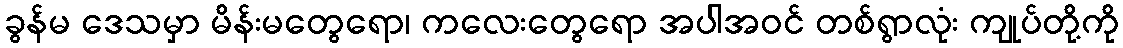
ခွန်မ ဒေသမှာ မိန်းမတွေရော၊ ကလေးတွေရော အပါအဝင် တစ်ရွာလုံး ကျုပ်တို့ကို